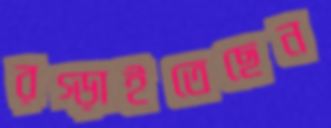
রগ্‌ড়াইতেছেন